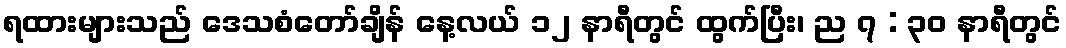
ရထားများသည် ဒေသစံတော်ချိန် နေ့လယ် ၁၂ နာရီတွင် ထွက်ပြီး၊ ည ၇ : ၃၀ နာရီတွင်